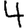
Digit: 4